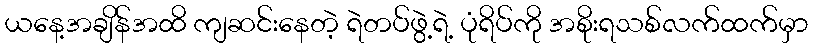
ယနေ့အချိန်အထိ ကျဆင်းနေတဲ့ ရဲတပ်ဖွဲ့ရဲ့ ပုံရိပ်ကို အစိုးရသစ်လက်ထက်မှာ